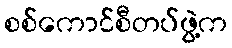
စစ်ကောင်စီတပ်ဖွဲ့က